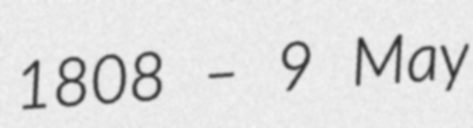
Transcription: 1808 – 9 May